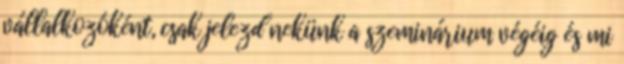
vállalkozóként, csak jelezd nekünk a szeminárium végéig és mi